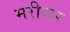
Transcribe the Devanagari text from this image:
मरीकर